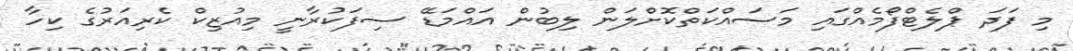
މި ފަދަ ޕްލެޓްފޯމެއްގައި މަސައްކަތްކޮށްލަން ލިބުން އައްމަޑޭ ސިފަކުރާނީ މިއުޒިކް ކެރިއަރުގެ ކިހާ